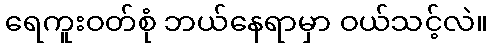
ရေကူးဝတ်စုံ ဘယ်နေရာမှာ ဝယ်သင့်လဲ။